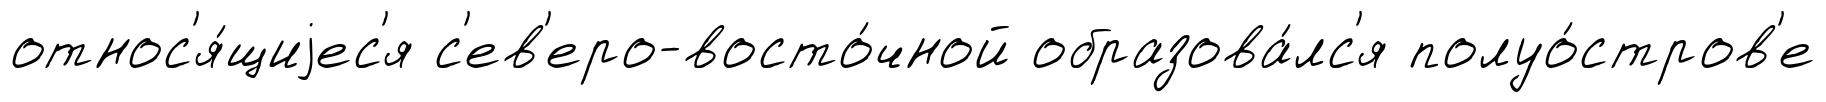
относ'я́щиjес'я с'ев'еро-восто́чной образова́лс'я полуо́стров'е